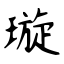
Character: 璇